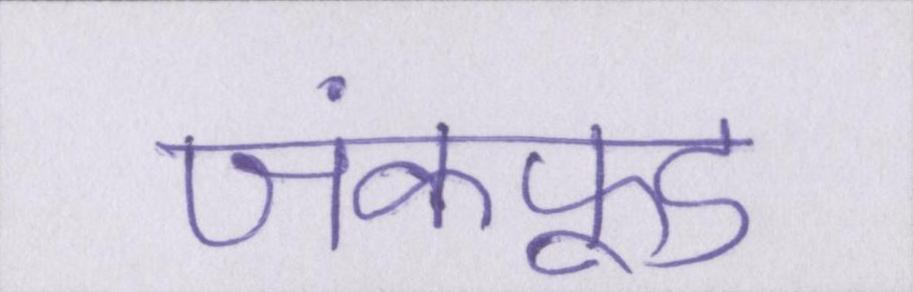
जंकफूड